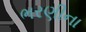
ભરણીના